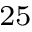
^ { 2 5 }